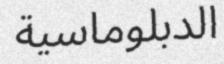
الدبلوماسية